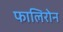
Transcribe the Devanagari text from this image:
फालिरोन